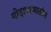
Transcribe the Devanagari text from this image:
गोदापाञातील